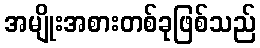
အမျိုးအစားတစ်ခုဖြစ်သည်